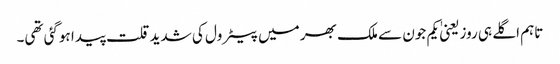
تاہم اگلے ہی روز یعنیٰ یکم جون سے ملک بھر میں پیٹرول کی شدید قلت پیدا ہوگئی تھی۔